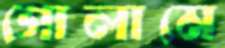
গোলামে